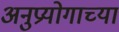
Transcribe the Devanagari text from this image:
अनुप्रयोगाच्या